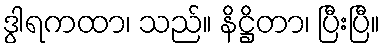
ဒွါရကထာ၊ သည်။ နိဋ္ဌိတာ၊ ပြီးပြီ။